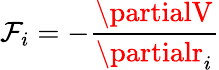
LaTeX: \mathcal{F}_{i}=-\frac{{\partialV}}{{\partialr_{i}}}